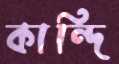
কান্দি